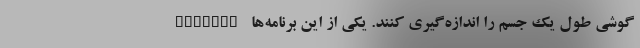
گوشی طول یک جسم را اندازه‌گیری کنند. یکی از این برنامه‌ها Measure